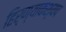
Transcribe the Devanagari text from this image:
हिर्ण्याकश्यप